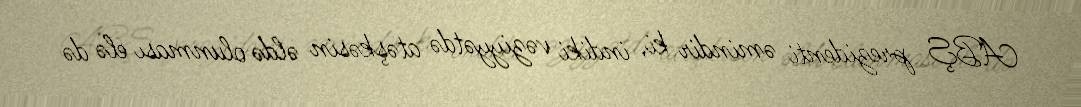
ABŞ prezidenti əmindir ki, indiki vəziyyətdə atəşkəsin əldə olunması elə də